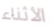
الأثناء